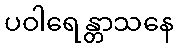
ပဝါရေန္တာသနေ